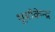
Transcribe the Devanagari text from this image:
भूमीकेन्द्र